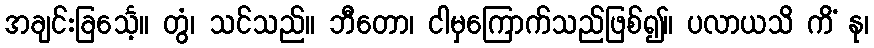
အချင်းခြင်္သေ့။ တွံ၊ သင်သည်။ ဘီတော၊ ငါမှကြောက်သည်ဖြစ်၍။ ပလာယသိ ကိံ နု၊